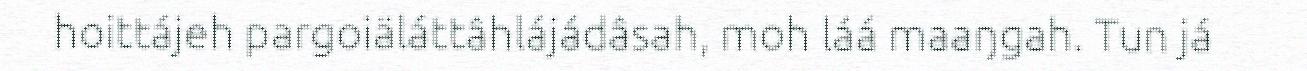
hoittájeh pargoiäláttâhlájádâsah, moh láá maaŋgah. Tun já